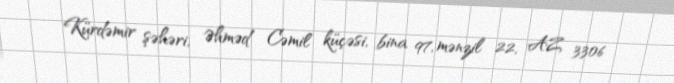
Kürdəmir şəhəri, Əhməd Cəmil küçəsi, bina 97, mənzil 22, AZ 3306